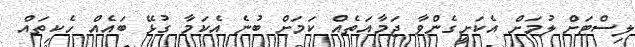
ލިސްޓަށް ލުމަށް އެކަށީގެންވާ ޖަމާއަތެއް ކަމަށް ބުނެ އެކަމާ ގުޅޭ ބައެއް ހެކިތައް